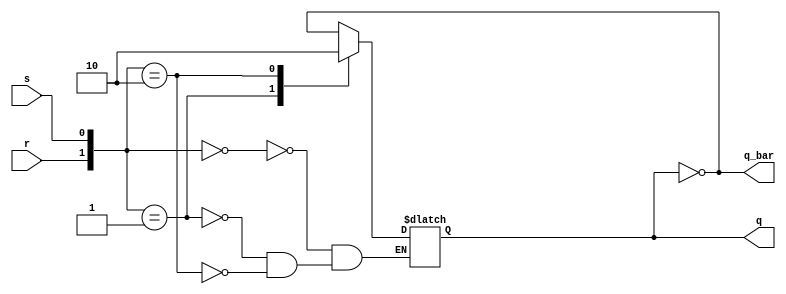
module rs_latch_B(q, q_bar, r, s);
  output q, q_bar;
  input r, s;
  reg q; 
  
  assign q_bar = ~q;
  
  always @ ( r or s ) // When ever r or s change,
  begin
    case ({r,s})
      2'b00 : q <= ~q;    // Model the race conditions
      2'b01 : q <= 1'b1;  // Set
      2'b10 : q <= 1'b0;  // Reset
    endcase
  end
  
endmodule